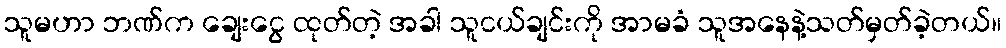
သူမဟာ ဘဏ်က ချေးငွေ ထုတ်တဲ့ အခါ သူငယ်ချင်းကို အာမခံ သူအနေနဲ့သတ်မှတ်ခဲ့တယ်။